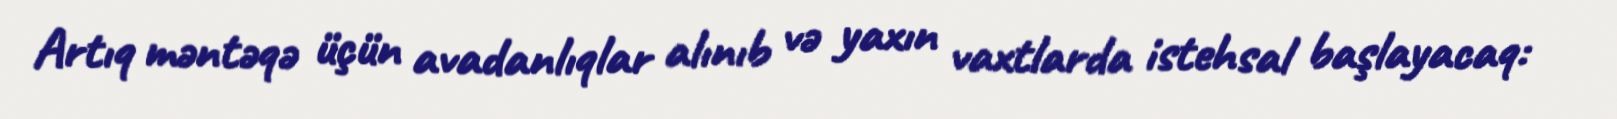
Artıq məntəqə üçün avadanlıqlar alınıb və yaxın vaxtlarda istehsal başlayacaq: